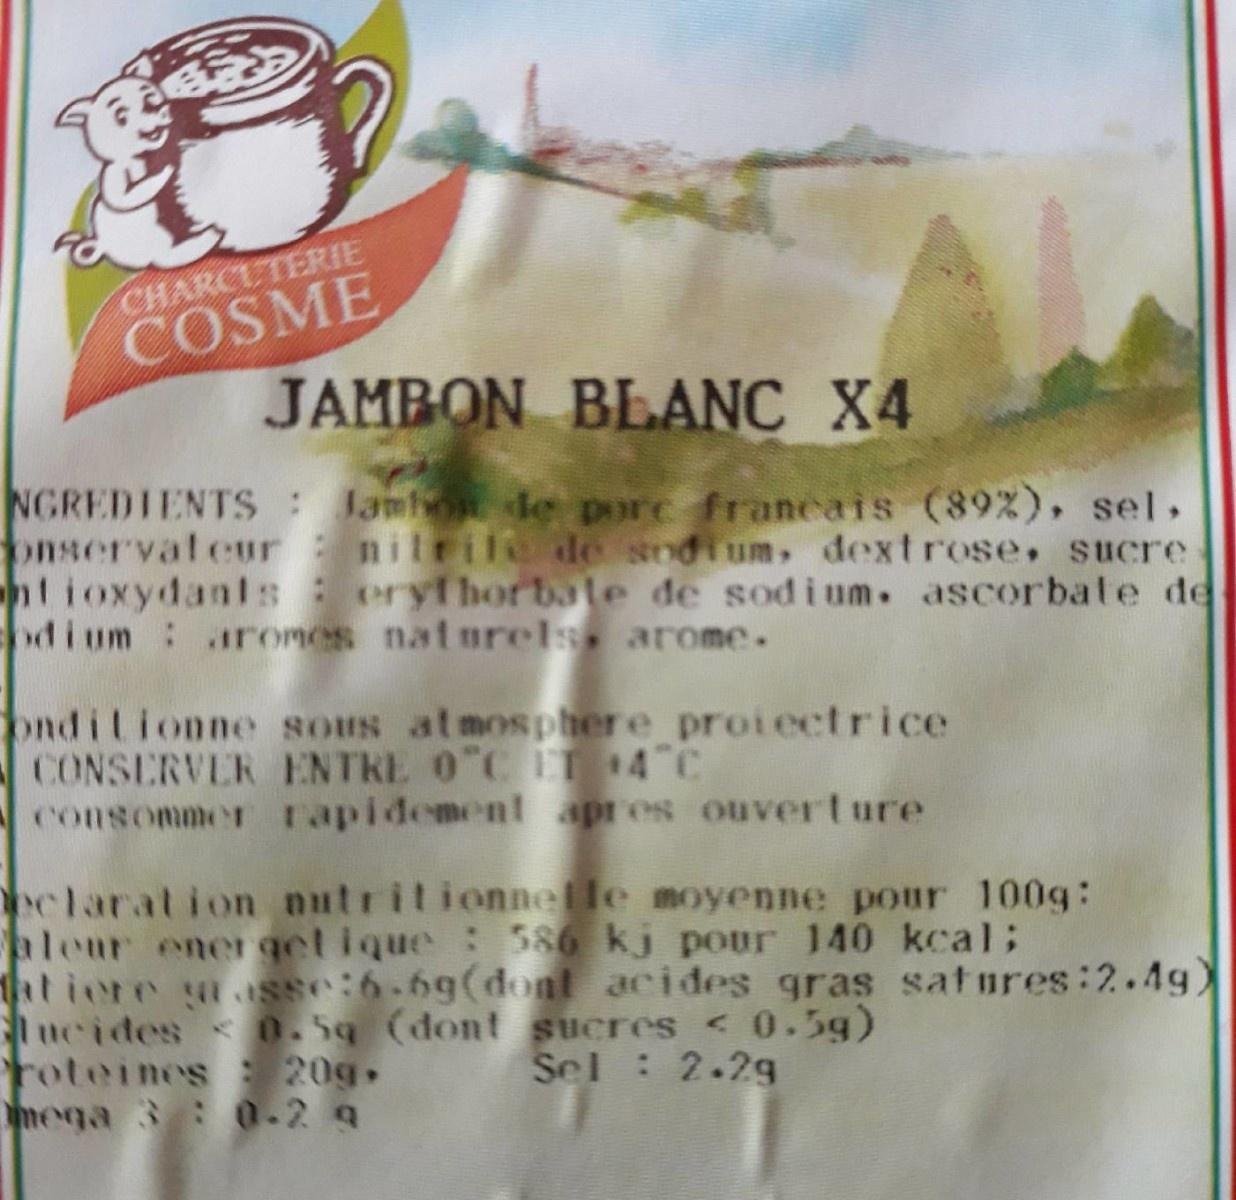
CHARCUTERIE COSME JAMBON BLANC X4
NGREDIENTS Jam le porc franceais (89%), sel, onservateur: nilrile de sndtum, dextrose, sucre tioxydants: eryfhorbale de sodium. ascorbate de d i um aromes naturels, arome.
ond itionne sous atmosphere proiectrice CONSERVER ENTRE 0"C IT 14 C consommer rapidement apres ouvert ure
oclaration nutritionnelle moyenne pour 100g: aleur ene get ique : 586 kj pour 140 kcal; htiere sse:6.69(dont acides gras satures:2.4g) ucides < 0.5q (dont sucres < 0.5g) roteines 20g. mega 3: 0.2 9
Sel: 2.29g